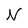
Character: N